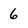
Character: 6